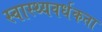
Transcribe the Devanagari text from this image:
स्वास्थ्यवर्धकता